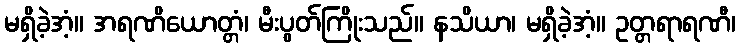
မရှိခဲ့အံ့။ အရဏိယောတ္တံ၊ မီးပွတ်ကြိုးသည်။ နသိယာ၊ မရှိခဲ့အံ့။ ဥတ္တရာရဏီ၊